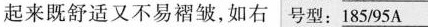
起来既舒适又不易褶皱，如右 号型： \underline{185/95A}